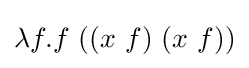
\lambda f.f\ ((x\ f)\ (x\ f))